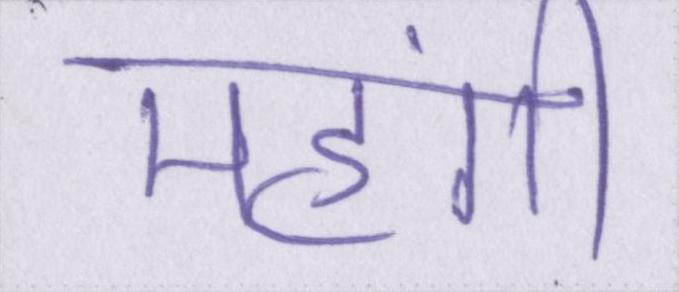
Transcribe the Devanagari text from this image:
महंगी